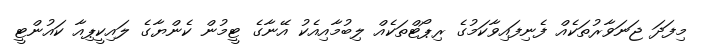
މިފަދަ ޖަނަވާރުތަކެއް ފެނިފައިވާކަމުގެ ރިޕޯޓްތަކެއް ލިބުމާއިއެކު އޭނާގެ ޓީމުން ކެންޔާގެ ލައިކީޕިއާ ކައުންޓީ